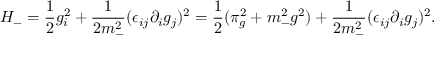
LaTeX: { \cal H } _ { - } = { \frac { 1 } { 2 } } g _ { i } ^ { 2 } + { \frac { 1 } { 2 m _ { - } ^ { 2 } } } ( \epsilon _ { i j } \partial _ { i } g _ { j } ) ^ { 2 } = { \frac { 1 } { 2 } } ( \pi _ { g } ^ { 2 } + m _ { - } ^ { 2 } g ^ { 2 } ) + { \frac { 1 } { 2 m _ { - } ^ { 2 } } } ( \epsilon _ { i j } \partial _ { i } g _ { j } ) ^ { 2 } .